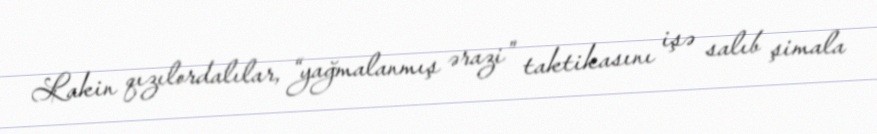
Lakin qızılordalılar, “yağmalanmış ərazi” taktikasını işə salıb şimala